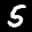
Label: 5